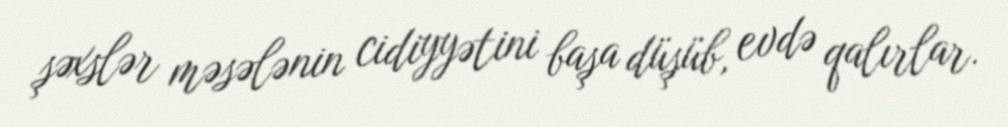
şəxslər məsələnin cidiyyətini başa düşüb, evdə qalırlar.